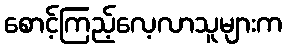
စောင့်ကြည့်လေ့လာသူများက